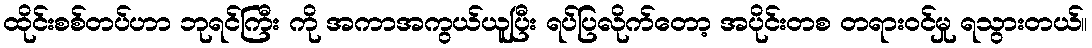
ထိုင်းစစ်တပ်ဟာ ဘုရင်ကြီး ကို အကာအကွယ်ယူပြီး ရပ်ပြလိုက်တော့ အပိုင်းတစ တရားဝင်မှု ရသွားတယ်။